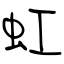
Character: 虹